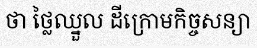
ថា ថ្លៃឈ្នួល ដីក្រោមកិច្ចសន្យា